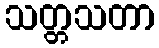
သတ္တသတာ